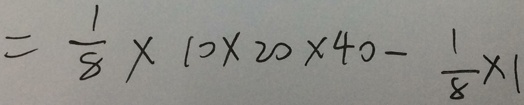
= \frac { 1 } { 8 } \times 1 0 \times 2 0 \times 4 0 - \frac { 1 } { 8 } \times 1